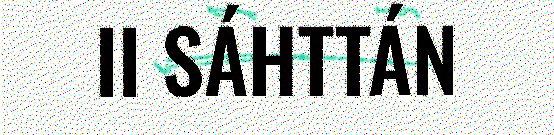
II SÁHTTÁN